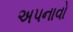
અપનાવો